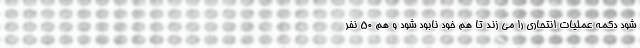
شود دکمه عملیات انتحاری را می زند تا هم خود نابود شود و هم ۵۰ نفر